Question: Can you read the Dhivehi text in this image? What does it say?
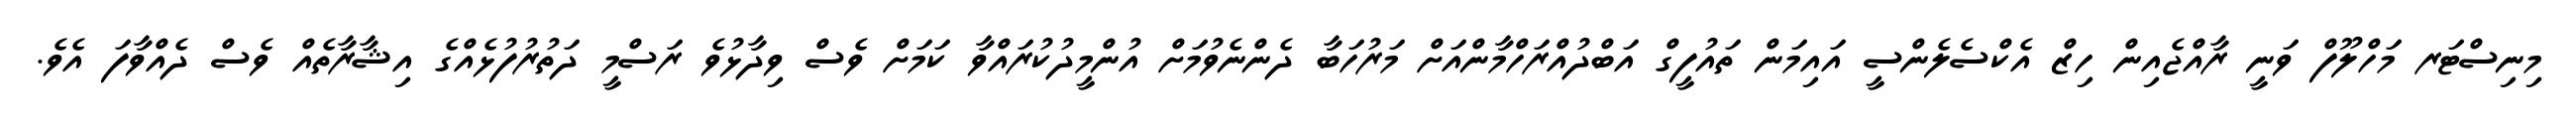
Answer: މިނިސްޓަރ މަހްލޫފް ވަނީ ރާއްޖެއިން ހިޒް އެކްސެލެންސީ އައިމަން ތައުފީގް އަބްދުއްރަހްމާންއަށް މަރުހަބާ ދެންނެވުމަށް އުންމީދުކުރައްވާ ކަމަށް ވެސް ވިދާޅުވެ ރަސްމީ ދަތުރުފުޅެއްގެ އިޝާރާތެއް ވެސް ދެއްވާފަ އެވެ.